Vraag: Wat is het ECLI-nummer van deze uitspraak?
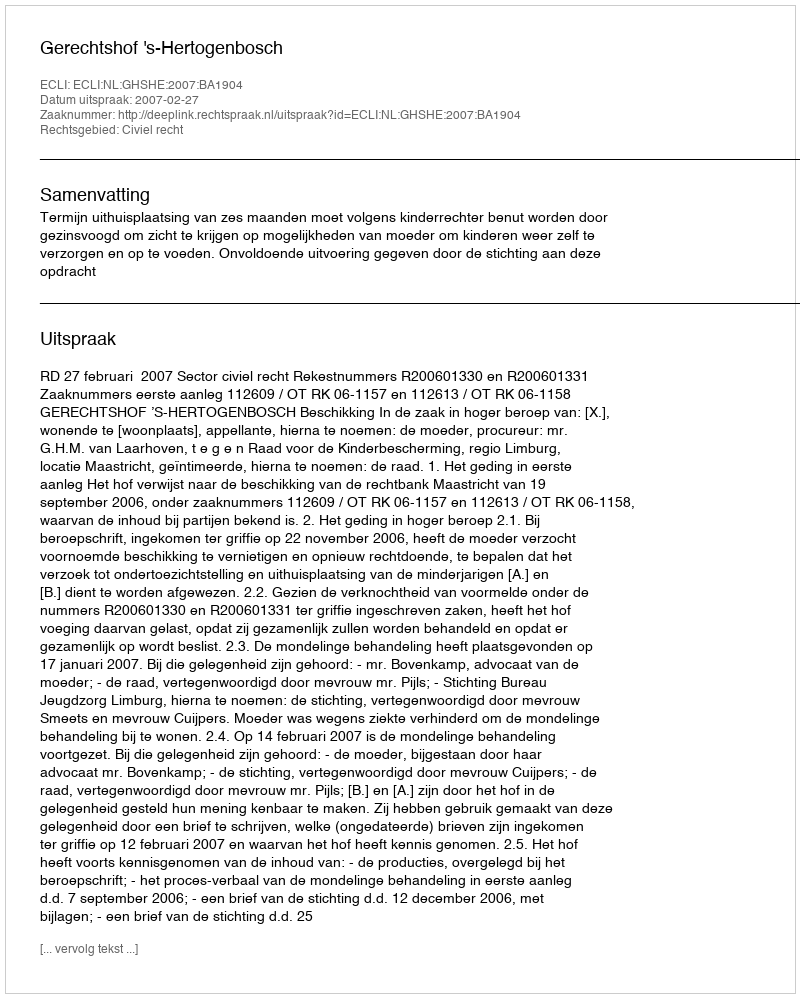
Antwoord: ECLI:NL:GHSHE:2007:BA1904